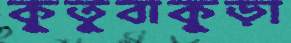
কুতুবাকুড়া